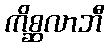
ကိစ္ဆလာဘီ